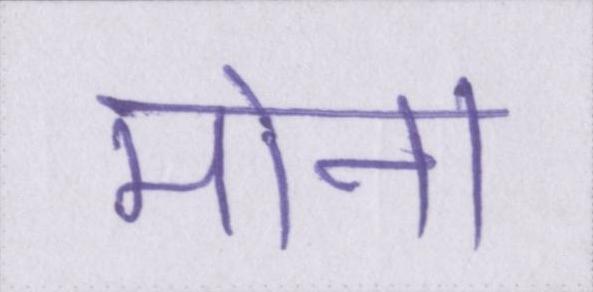
मोना